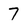
Character: 7